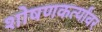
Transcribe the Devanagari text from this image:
शोषणकर्त्यांवर